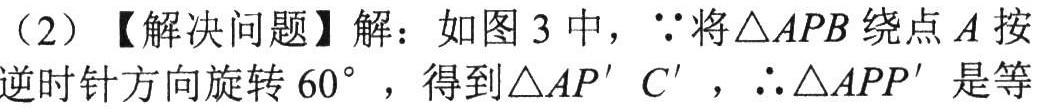
（2）【解决问题】解：如图 3 中，\(\because\)将\(\triangle APB\)绕点\(A\)按逆时针方向旋转\(60^{\circ}\)，得到\(\triangle AP'C'\)，\(\therefore\triangle APP'\)是等